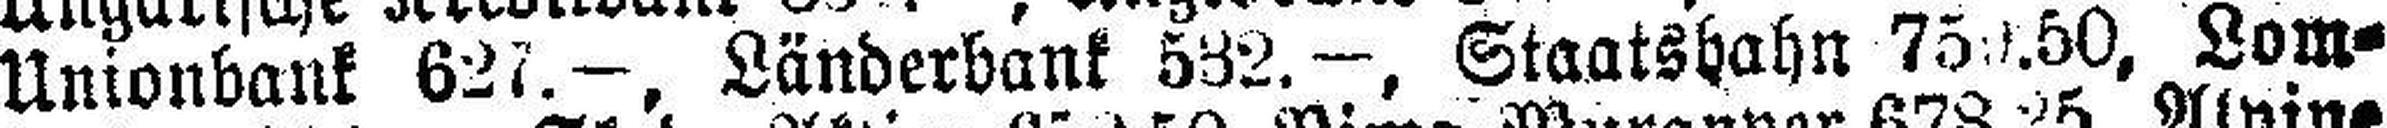
Unionbank 627.—, Länderbank 532.—, Staatshahn 750.50, Lom¬